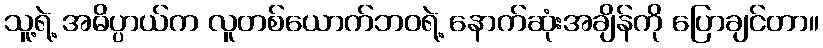
သူ့ရဲ့ အဓိပ္ပာယ်က လူတစ်ယောက်ဘဝရဲ့ နောက်ဆုံးအချိန်ကို ပြောချင်တာ။